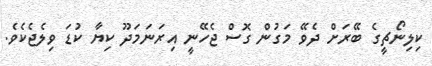
ކިލިނޯޗީގެ ބޭރަށް ދެވޭ މަގުން ގޮސް ޖެހޭނީ އިރަނަމަދޫ ކިޔާ ކުޑަ ވިލެޖެކެވެ.